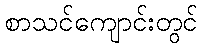
စာသင်ကျောင်းတွင်